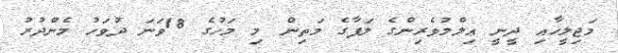
މަޖިލީހާއި ދީނީ ޢިލްމުވެރިންގެ ލަފާގެ މަތިން މި މަހުގެ 18ވަނަ ދުވަހު މެންދުރު